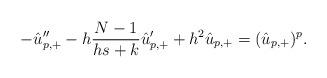
LaTeX: \begin{align*}-\hat{u}_{p,+}''-h\frac{N-1}{hs+k}\hat{u}_{p,+}'+ h^2 \hat{u}_{p,+}= (\hat{u}_{p,+})^p.\end{align*}